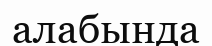
алабында